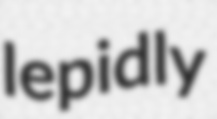
lepidly